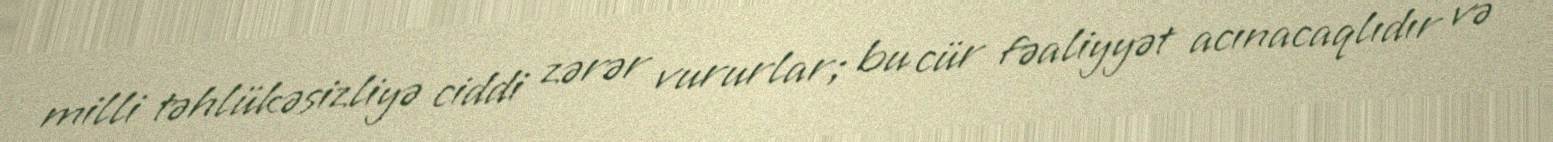
milli təhlükəsizliyə ciddi zərər vururlar; bu cür fəaliyyət acınacaqlıdır və